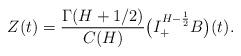
LaTeX: \begin{align*}Z(t)& = \frac{\Gamma(H + 1/2)}{C(H)} \big( I^{H - \frac{1}{2}}_{+} B\big)(t).\end{align*}